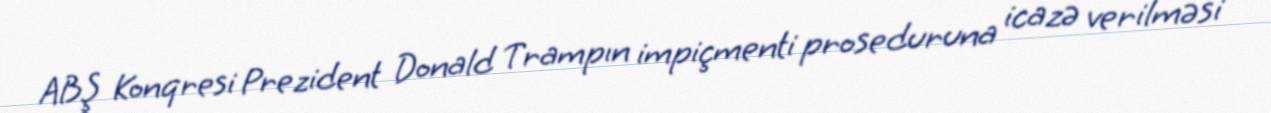
ABŞ Konqresi Prezident Donald Trampın impiçmenti proseduruna icazə verilməsi